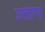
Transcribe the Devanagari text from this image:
उत्ताण